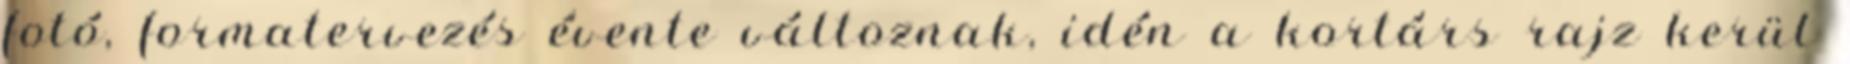
fotó, formatervezés évente változnak, idén a kortárs rajz kerül